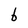
Character: b